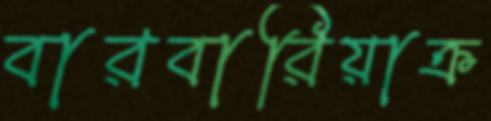
বারবারিয়াক্র